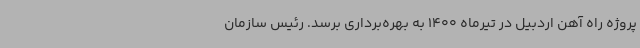
پروژه راه آهن اردبیل در تیرماه 1400 به بهره‌برداری برسد. رئیس سازمان